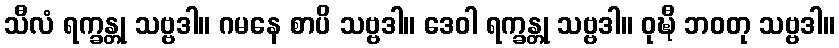
သီလံ ရက္ခန္တု သဗ္ဗဒါ။ ဂမနေ စာပိ သဗ္ဗဒါ။ ဒေဝါ ရက္ခန္တု သဗ္ဗဒါ။ ဝုဍ္ဎီ ဘဝတု သဗ္ဗဒါ။